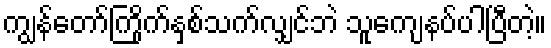
ကျွန်တော်ကြိုက်နှစ်သက်လျှင်ဘဲ သူကျေနပ်ပါပြီတဲ့။